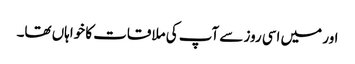
اور میں اسی روز سے آپ کی ملاقات کا خواہاں تھا۔